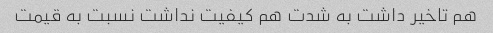
هم تاخیر داشت به شدت هم کیفیت نداشت نسبت به قیمت